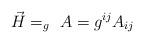
LaTeX: \begin{align*}\vec{H} = _g\ A = g^{ij}A_{ij}\end{align*}